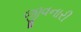
જીવનારી